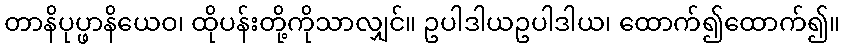
တာနိပုပ္ဖာနိယေဝ၊ ထိုပန်းတို့ကိုသာလျှင်။ ဥပါဒါယဥပါဒါယ၊ ထောက်၍ထောက်၍။